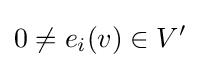
0\neq e_{i}(v)\in V'